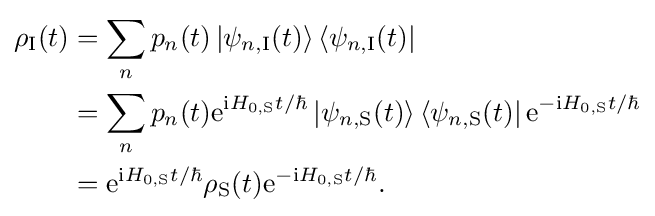
{\begin{aligned}\rho _{\text{I}}(t)&=\sum _{n}p_{n}(t)\left|\psi _{n,{\text{I}}}(t)\right\rangle \left\langle \psi _{n,{\text{I}}}(t)\right|\\&=\sum _{n}p_{n}(t)\mathrm {e} ^{\mathrm {i} H_{0,{\text{S}}}t/\hbar }\left|\psi _{n,{\text{S}}}(t)\right\rangle \left\langle \psi _{n,{\text{S}}}(t)\right|\mathrm {e} ^{-\mathrm {i} H_{0,{\text{S}}}t/\hbar }\\&=\mathrm {e} ^{\mathrm {i} H_{0,{\text{S}}}t/\hbar }\rho _{\text{S}}(t)\mathrm {e} ^{-\mathrm {i} H_{0,{\text{S}}}t/\hbar }.\end{aligned}}